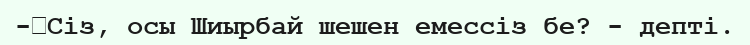
-	Сіз, осы Шиырбай шешен емессіз бе? - депті.